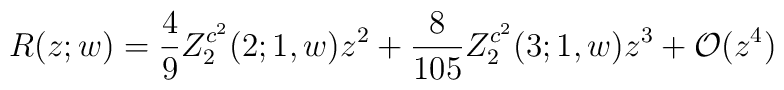
R(z;w) = \frac{4}{9} Z_2^{c^2}(2;1,w) z^2 +\frac{8}{105} Z_2^{c^2}(3;1,w) z^3 + {\cal O} (z^4)